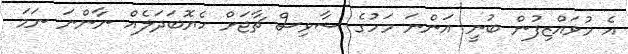
އެ މުވައްޒިފުން ބުނީ އަންނަ މަހުގެ ސާވިސް ޗާޖަށް ހެޔޮބަދަލެއް ނާންނަ ނަމަ